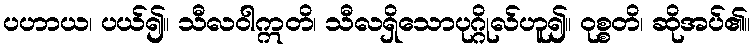
ပဟာယ၊ ပယ်၍။ သီလဝါဣတိ၊ သီလရှိသောပုဂ္ဂိုလ်ဟူ၍။ ဝုစ္စတိ၊ ဆိုအပ်၏။